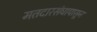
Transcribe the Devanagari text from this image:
मतदारसंघापासून